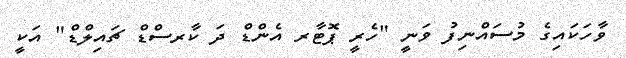
ވާހަަކައިގެ މުސައްނިފު ވަނީ "ހެރީ ޕޮޓާރ އެންޑް ދަ ކާރސްޑް ޗައިލްޑް" އަކީ